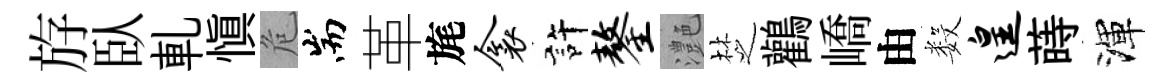
斿臥軋慎危耑革旄衾許鏊灔椘鸛嶠由数遑蒔渾